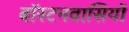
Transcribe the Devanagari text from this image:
बॉस्टनवासियों